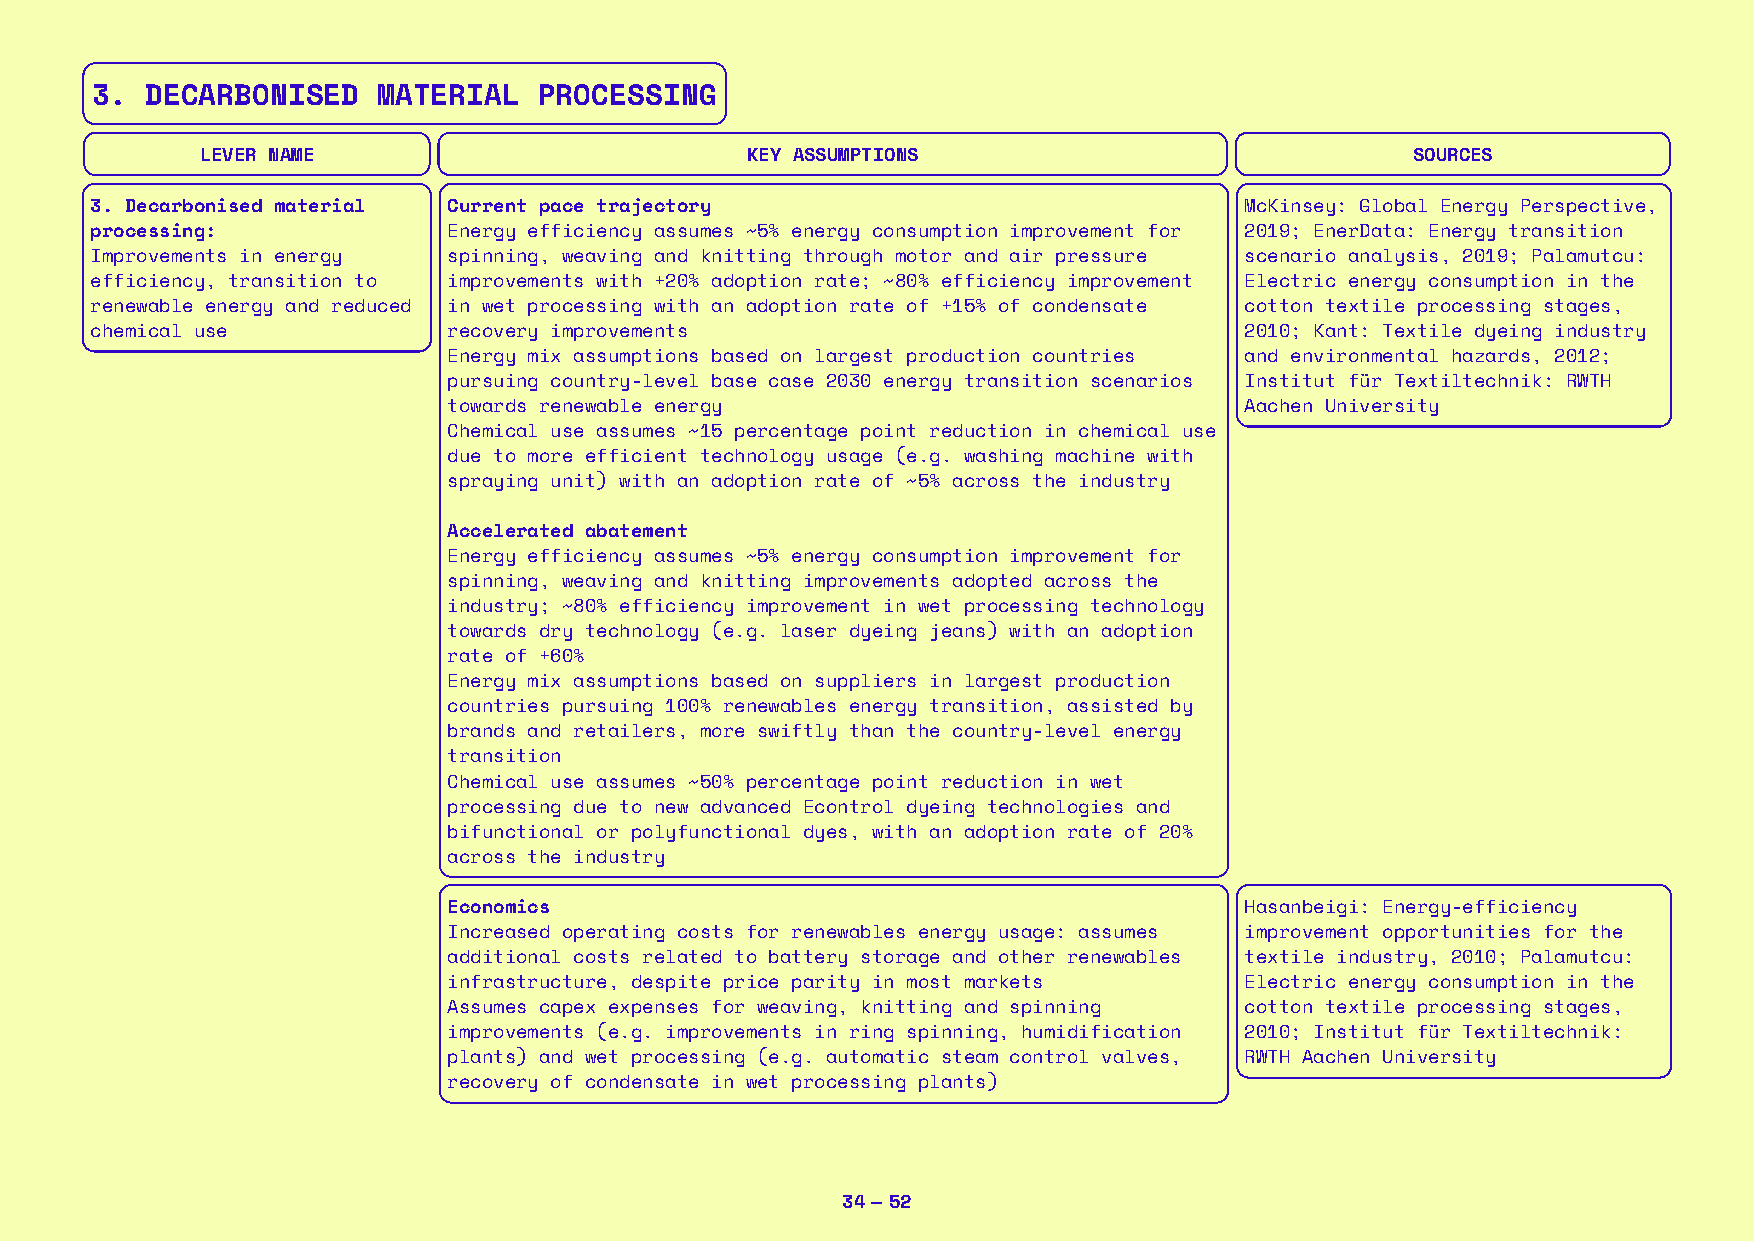
3.  DECARBONISED   MATERIAL   PROCESSING
 LEVER NAME                          KEY ASSUMPTIONS                              SOURCES
 3. Decarbonised material Current pace trajectory                            McKinsey: Global Energy Perspective,
 processing:             Energy efficiency assumes ~5% energy consumption improvement for 2019; EnerData: Energy transition
 Improvements in energy  spinning, weaving and knitting through motor and air pressure scenario analysis, 2019; Palamutcu:
 efficiency, transition to improvements with +20% adoption rate; ~80% efficiency improvement Electric energy consumption in the
 renewable energy and reduced in wet processing with an adoption rate of +15% of condensate cotton textile processing stages,
 chemical use            recovery improvements                               2010; Kant: Textile dyeing industry
 Energy mix assumptions based on largest production countries and environmental hazards, 2012;
 pursuing country-level base case 2030 energy transition scenarios Institut für Textiltechnik: RWTH
 towards renewable energy                            Aachen University
 Chemical use assumes ~15 percentage point reduction in chemical use
 due to more efficient technology usage (e.g. washing machine with
 spraying unit) with an adoption rate of ~5% across the industry
 Accelerated abatement
 Energy efficiency assumes ~5% energy consumption improvement for
 spinning, weaving and knitting improvements adopted across the
 industry; ~80% efficiency improvement in wet processing technology
 towards dry technology (e.g. laser dyeing jeans) with an adoption
 rate of +60%
 Energy mix assumptions based on suppliers in largest production
 countries pursuing 100% renewables energy transition, assisted by
 brands and retailers, more swiftly than the country-level energy
 transition
 Chemical use assumes ~50% percentage point reduction in wet
 processing due to new advanced Econtrol dyeing technologies and
 bifunctional or polyfunctional dyes, with an adoption rate of 20%
 across the industry
 Economics                                           Hasanbeigi: Energy-efficiency
 Increased operating costs for renewables energy usage: assumes improvement opportunities for the
 additional costs related to battery storage and other renewables textile industry, 2010; Palamutcu:
 infrastructure, despite price parity in most markets Electric energy consumption in the
 Assumes capex expenses for weaving, knitting and spinning cotton textile processing stages,
 improvements (e.g. improvements in ring spinning, humidification 2010; Institut für Textiltechnik:
 plants) and wet processing (e.g. automatic steam control valves, RWTH Aachen University
 recovery of condensate in wet processing plants)
 34 — 52